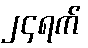
၂၄ရက်